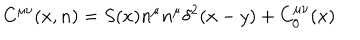
LaTeX: C ^ { \mu \nu } ( x , n ) = S ( x ) n ^ { \mu } n ^ { \mu } \delta ^ { 2 } ( x - y ) + C _ { 0 } ^ { \mu \nu } ( x )